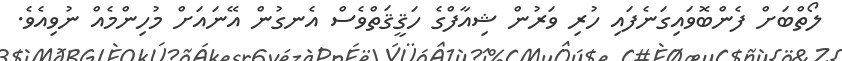
ލޯތްބަށް ފެންބޮވައިގަނެފައި ހުރި ވަރުން ޝިއާފްގެ ހަޤީޤަތްވެސް އެނގުން އޭނައަށް މުހިންމެއް ނުވިއެވެ.